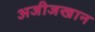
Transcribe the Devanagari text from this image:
अजीजखान